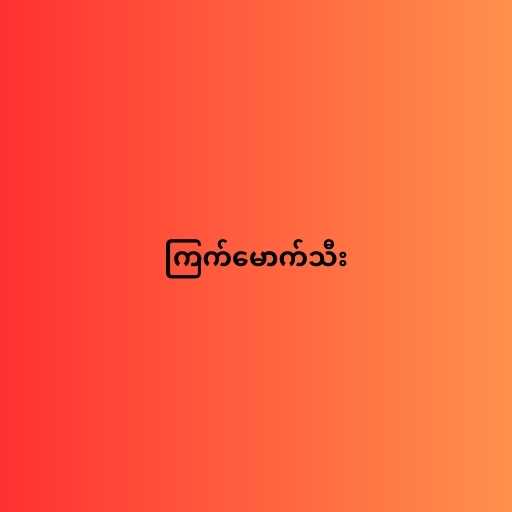
ကြက်မောက်သီး